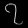
Digit: ၇